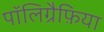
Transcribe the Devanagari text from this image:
पॉलिग्रैफ़िया